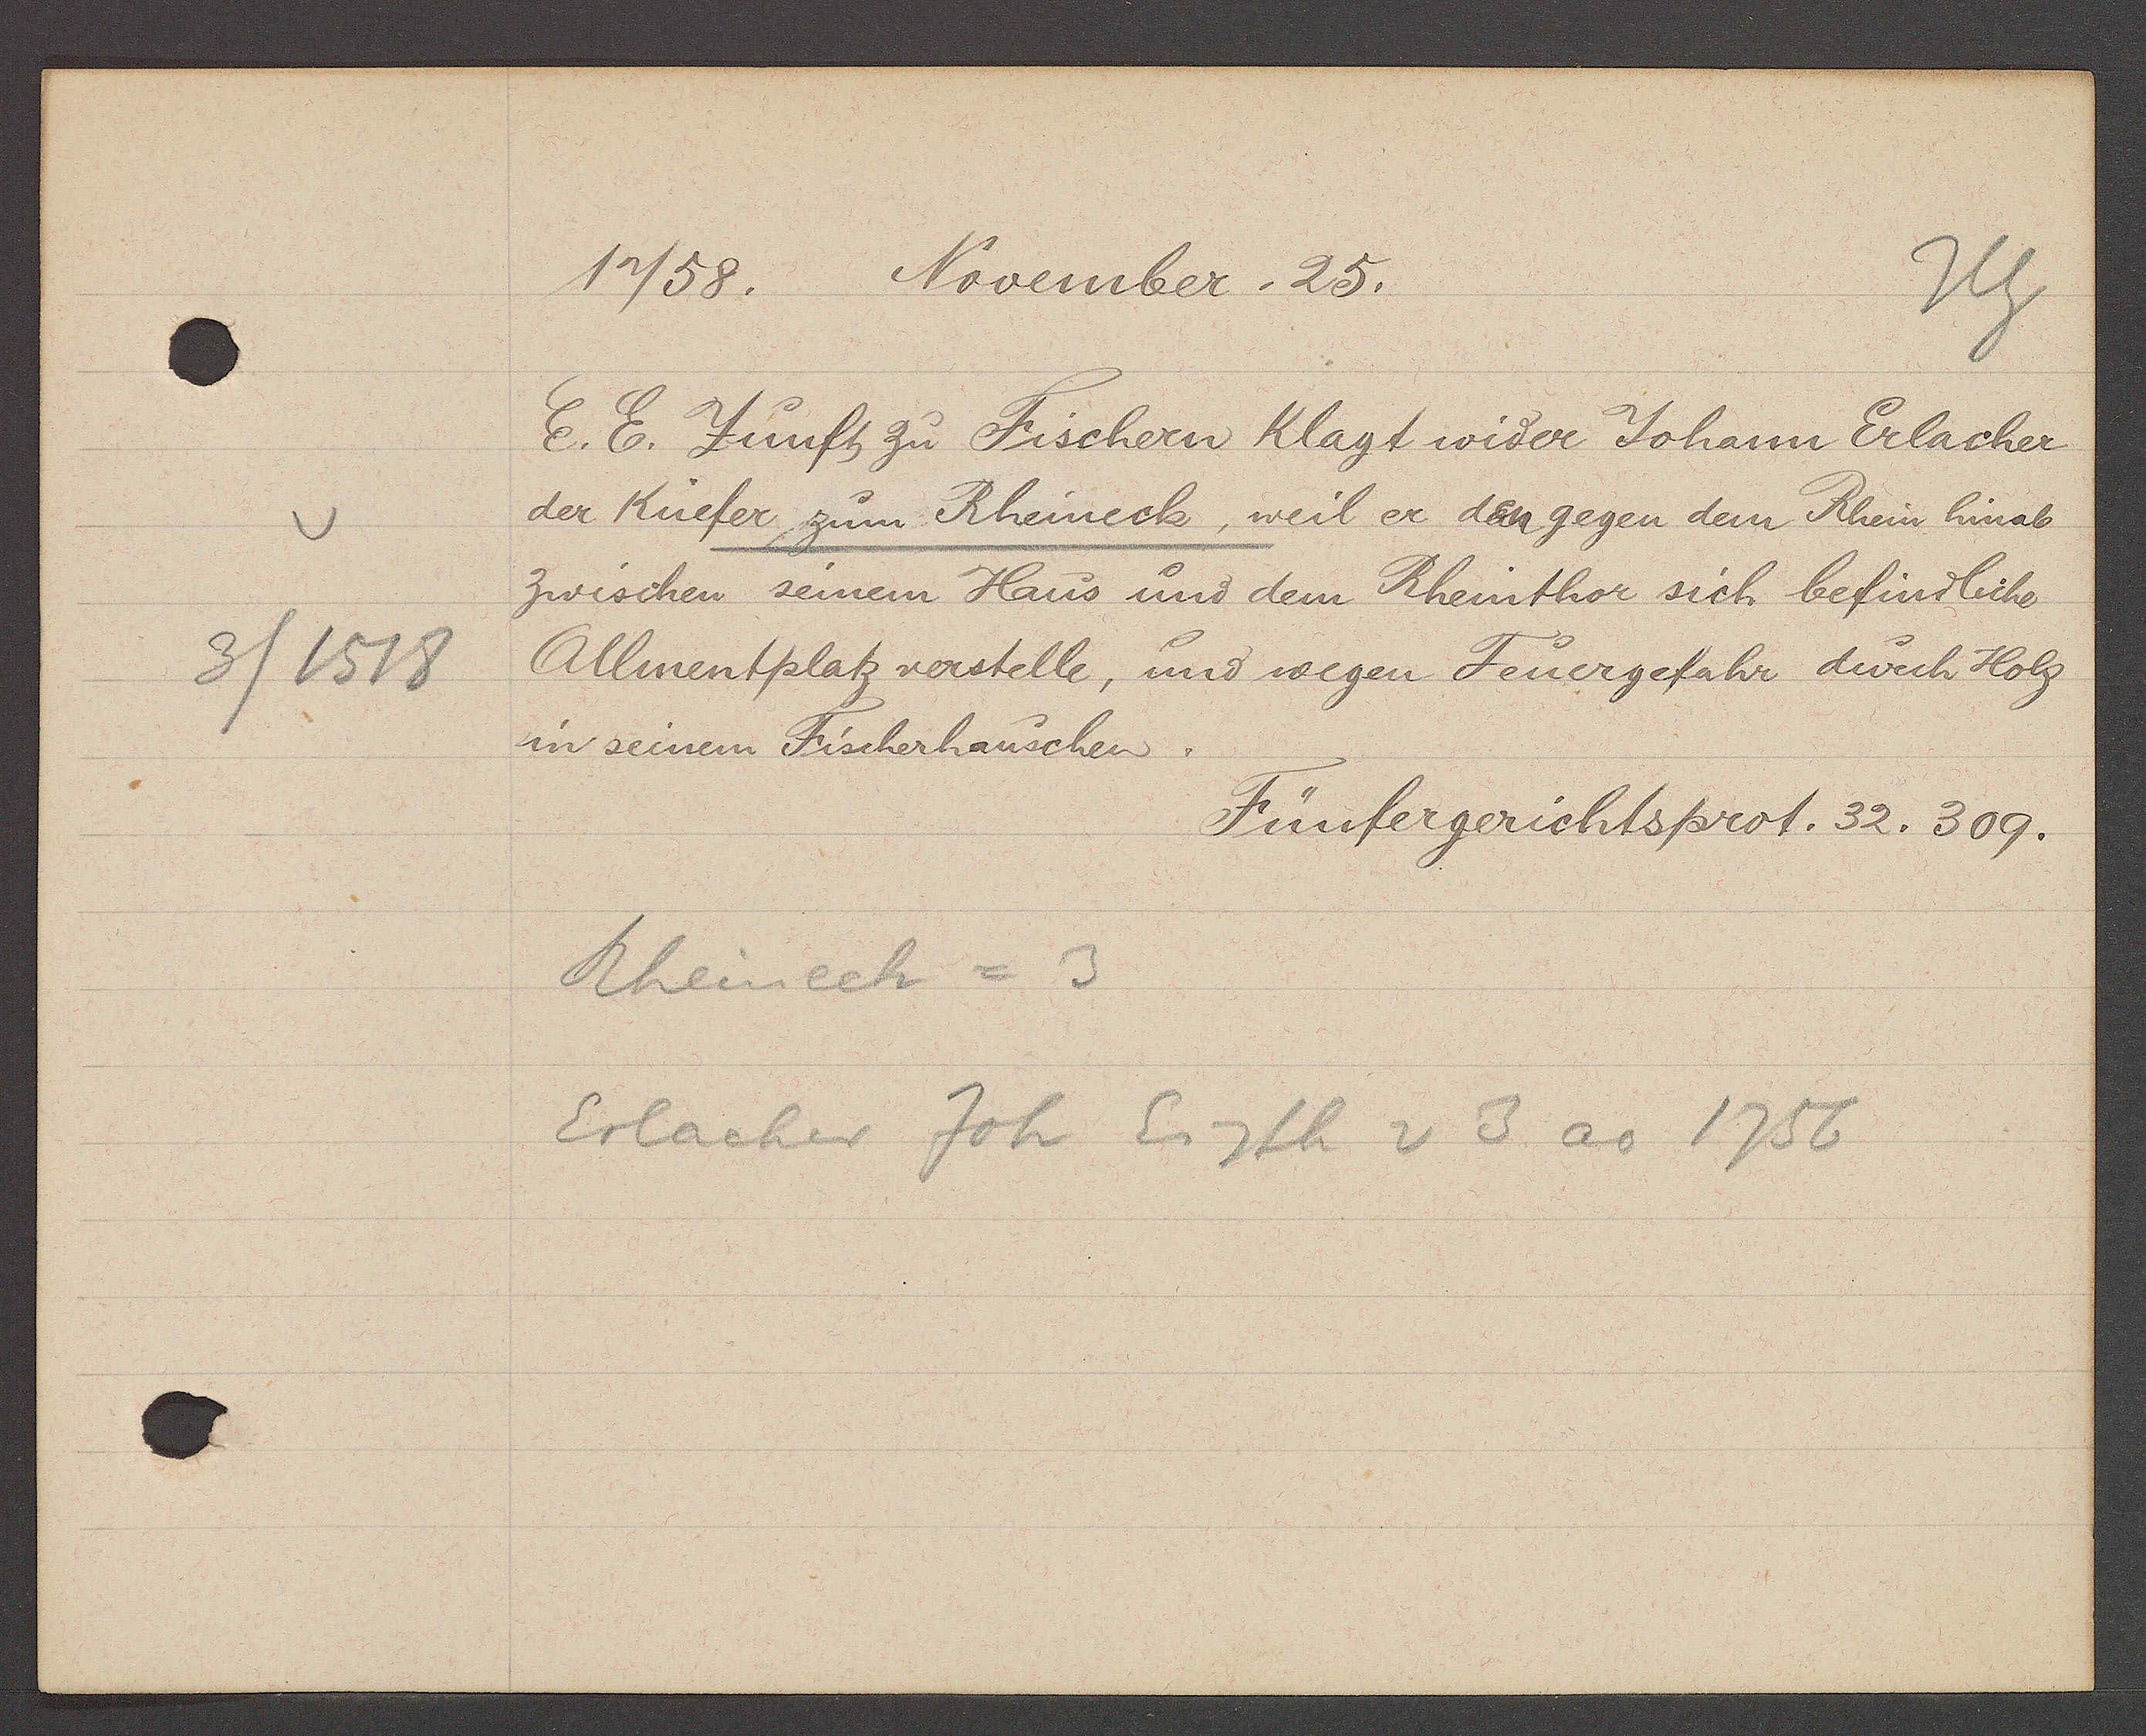
Transcript:
3 / 1518

1758. November. 25.

E. E. Zunft zu Fischern klagt wider Johann Erlacher
der Küefer zum Rheineck, weil er den gegen dem Rhein hinab
zwischen seinem Haus und dem Rheinthor sich befindliche
Allmentplatz verstelle, und wegen Feuergefahr durch Holz
in seinem Fischerhauschen.

Fünfergerichtsprot. 32. 309.

Rheinech = 3
Erlacher Joh Eigth v 3 ao 1756